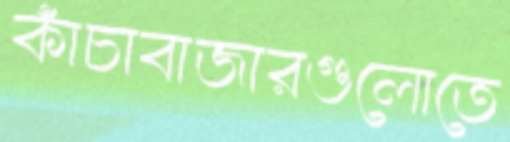
কাঁচাবাজারগুলোতে